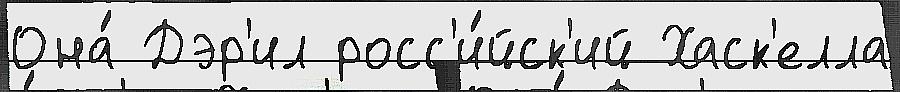
Она́ Дэр'ил росс'и́йск'ий Хаск'елла